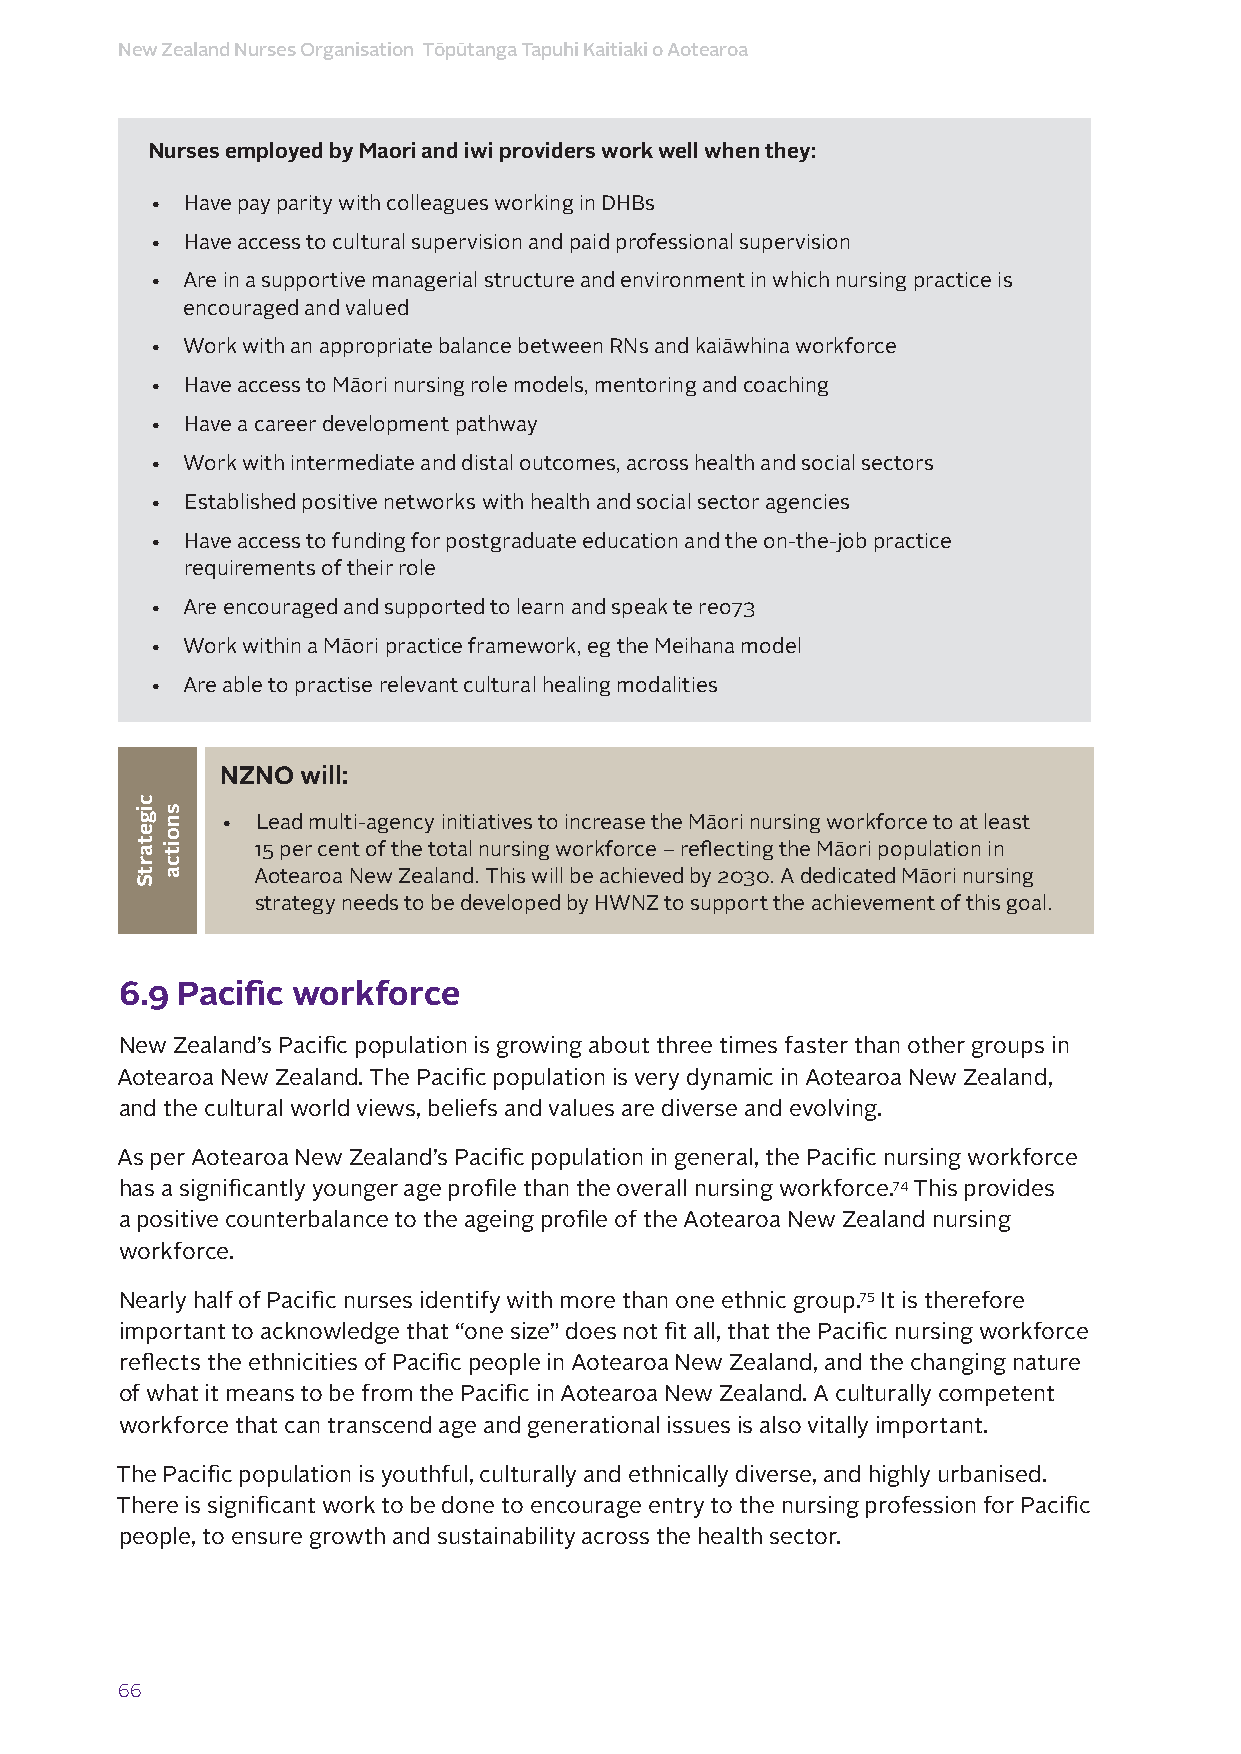
New Zealand Nurses Organisation Tōpūtanga Tapuhi Kaitiaki o Aotearoa
 Nurses employed by Maori and iwi providers work well when they:
 • Have pay parity with colleagues working in DHBs
 • Have access to cultural supervision and paid professional supervision
 • Are in a supportive managerial structure and environment in which nursing practice is
 encouraged and valued
 • Work with an appropriate balance between RNs and kaiāwhina workforce
 • Have access to Māori nursing role models, mentoring and coaching
 • Have a career development pathway
 • Work with intermediate and distal outcomes, across health and social sectors
 • Established positive networks with health and social sector agencies
 • Have access to funding for postgraduate education and the on-the-job practice
 requirements of their role
 • Are encouraged and supported to learn and speak te reo73
 • Work within a Māori practice framework, eg the Meihana model
 • Are able to practise relevant cultural healing modalities
 NZNO will:
 • Lead multi-agency initiatives to increase the Māori nursing workforce to at least
 15 per cent of the total nursing workforce – reflecting the Māori population in
 Aotearoa New Zealand. This will be achieved by 2030. A dedicated Māori nursing
 strategy needs to be developed by HWNZ to support the achievement of this goal.
 6.9 Pacific workforce
 New Zealand’s Pacific population is growing about three times faster than other groups in
 Aotearoa New Zealand. The Pacific population is very dynamic in Aotearoa New Zealand,
 and the cultural world views, beliefs and values are diverse and evolving.
 As per Aotearoa New Zealand’s Pacific population in general, the Pacific nursing workforce
 has a significantly younger age profile than the overall nursing workforce.74 This provides
 a positive counterbalance to the ageing profile of the Aotearoa New Zealand nursing
 workforce.
 Nearly half of Pacific nurses identify with more than one ethnic group.75 It is therefore
 important to acknowledge that “one size” does not fit all, that the Pacific nursing workforce
 reflects the ethnicities of Pacific people in Aotearoa New Zealand, and the changing nature
 of what it means to be from the Pacific in Aotearoa New Zealand. A culturally competent
 workforce that can transcend age and generational issues is also vitally important.
 The Pacific population is youthful, culturally and ethnically diverse, and highly urbanised.
 There is significant work to be done to encourage entry to the nursing profession for Pacific
 people, to ensure growth and sustainability across the health sector.
 66
 cigetartS
 snoitca